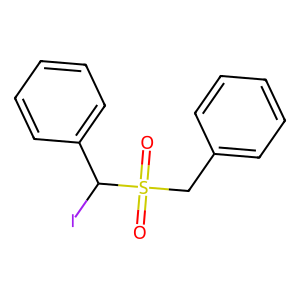
SMILES: O=S(=O)(Cc1ccccc1)C(I)c1ccccc1
Inhibits HIV replication: No